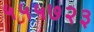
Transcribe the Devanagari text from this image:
५५५७२३